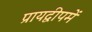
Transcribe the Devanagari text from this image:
प्रायद्वीपमें